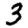
Digit: 3